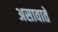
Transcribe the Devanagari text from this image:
असावाते